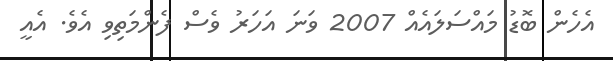
އެހެން ބޮޑު މައްސަލައެއް 2007 ވަނަ އަހަރު ވެސް ފެންމަތިވި އެވެ. އެއީ